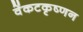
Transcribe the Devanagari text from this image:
वेंकटकृष्णन